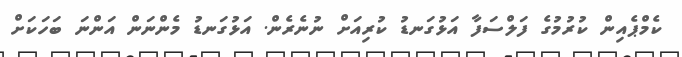
ކެމްޕެއިން ކުރުމުގެ ފަލްސަފާ އަޅުގަނޑު ކުރިއަށް ނުނެރެން. އަޅުގަނޑު މެންނަން އަންނަ ބަހަކަށް